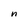
Character: n